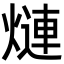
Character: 𬊿